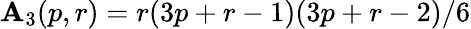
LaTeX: \mathbf{A}_{3}(p,r)=r(3p+r-1)(3p+r-2)/6